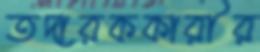
তদারককারীর